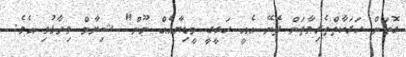
ގޮތަށް ހަރަކާތްތެރިވާތަން ފެނޭ އެއީ ހަގީގީ މީޑިޔާއެއް ނޫން" ޝިޔާމް ވިދާޅުވި އެވެ.